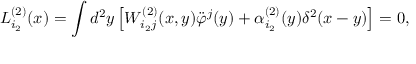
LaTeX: L _ { i _ { 2 } } ^ { ( 2 ) } ( x ) = \int d ^ { 2 } y \left[ W _ { i _ { 2 } j } ^ { ( 2 ) } ( x , y ) \ddot { \varphi } ^ { j } ( y ) + \alpha _ { i _ { 2 } } ^ { ( 2 ) } ( y ) \delta ^ { 2 } ( x - y ) \right] = 0 ,